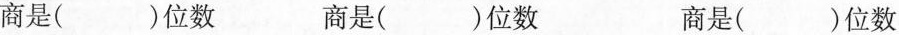
商是（）位数 商是（）位数 商事（）位数